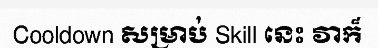
Cooldown សម្រាប់ Skill នេះ វាក៏